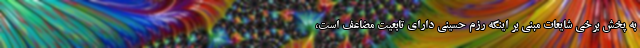
به پخش برخی شایعات مبنی بر اینکه رزم حسینی دارای تابعیت مضاعف است،